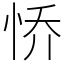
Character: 㤭